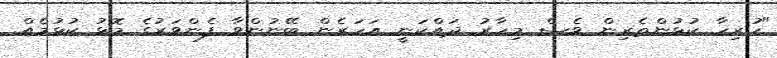
"ހުރިހާ ކުޅުންތެރިން ވެސް މިހާރު ދައްކަނީ އަހަރެން ބޭނުންވާ ފެންވަރުގެ މޮޅު ކުޅުމެއް.